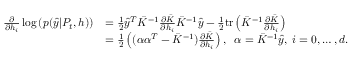
\begin{array} { r l } { \frac { \partial } { \partial h _ { i } } \log \left( p ( \hat { y } | P _ { t } , h ) \right) } & { = \frac { 1 } { 2 } \hat { y } ^ { T } \bar { K } ^ { - 1 } \frac { \partial \bar { K } } { \partial h _ { i } } \bar { K } ^ { - 1 } \hat { y } - \frac { 1 } { 2 } \mathrm { t r } \left( \bar { K } ^ { - 1 } \frac { \partial \bar { K } } { \partial h _ { i } } \right) } \\ & { = \frac { 1 } { 2 } \left( ( \alpha \alpha ^ { T } - \bar { K } ^ { - 1 } ) \frac { \partial \bar { K } } { \partial h _ { i } } \right) , \; \; \alpha = \bar { K } ^ { - 1 } \hat { y } , \; i = 0 , \dots , d . } \end{array}